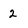
Character: 2